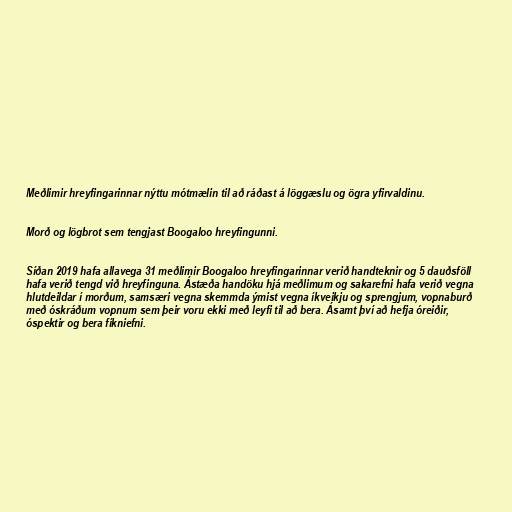
Meðlimir hreyfingarinnar nýttu mótmælin til að ráðast á löggæslu og ögra yfirvaldinu.

Morð og lögbrot sem tengjast Boogaloo hreyfingunni.

Síðan 2019 hafa allavega 31 meðlimir Boogaloo hreyfingarinnar verið handteknir og 5 dauðsföll
hafa verið tengd við hreyfinguna. Ástæða handöku hjá meðlimum og sakarefni hafa verið vegna
hlutdeildar í morðum, samsæri vegna skemmda ýmist vegna íkveikju og sprengjum, vopnaburð
með óskráðum vopnum sem þeir voru ekki með leyfi til að bera. Ásamt því að hefja óreiðir,
óspektir og bera fíkniefni.